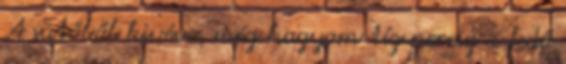
A sütőből kivéve, még hagyom tíz percig a fedő